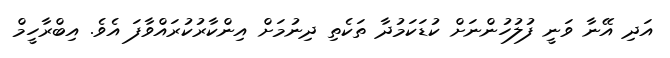
އަދި އޭނާ ވަނީ ފުލުހުންނަށް ކުޑަކަމުދާ ތަކެތި ދިނުމަށް އިންކާރުކުރައްވާފަ އެވެ. އިބްރާހީމް